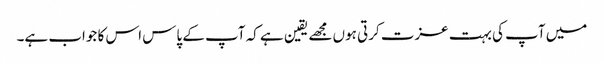
میں آپ کی بہت عزت کرتی ہوں مجھے یقین ہے کہ آپ کے پاس اس کا جواب ہے۔